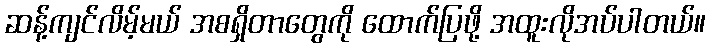
ဆန့်ကျင်လိမ့်မယ် အစရှိတာတွေကို ထောက်ပြဖို့ အထူးလိုအပ်ပါတယ်။